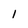
Character: 1